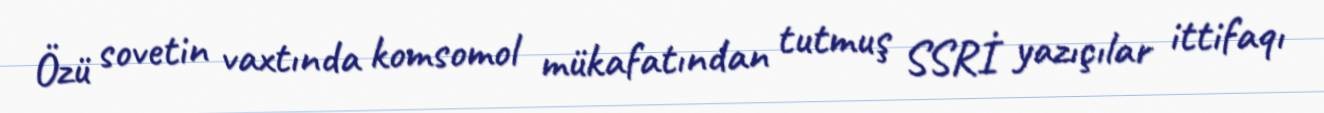
Özü sovetin vaxtında komsomol mükafatından tutmuş SSRİ yazıçılar ittifaqı